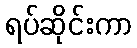
ရပ်ဆိုင်းကာ